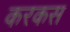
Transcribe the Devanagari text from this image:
करकस